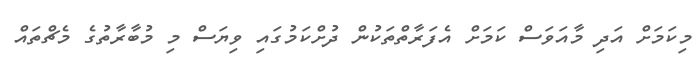
މިކަމަށް އަދި މާއަވަސް ކަމަށް އެފަރާތްތަކުން ދުށްކަމުގައި ވިޔަސް މި މުބާރާތުގެ މެޗްތައް